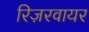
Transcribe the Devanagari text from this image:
रिज़रवायर